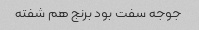
جوجه سفت بود برنج هم شفته